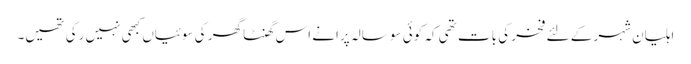
اہلیانِ شہر کے لئے فخر کی بات تھی کہ کوئی سو سالہ پرانے اس گھنٹا گھر کی سوئیاں کبھی نہیں رکی تھیں۔